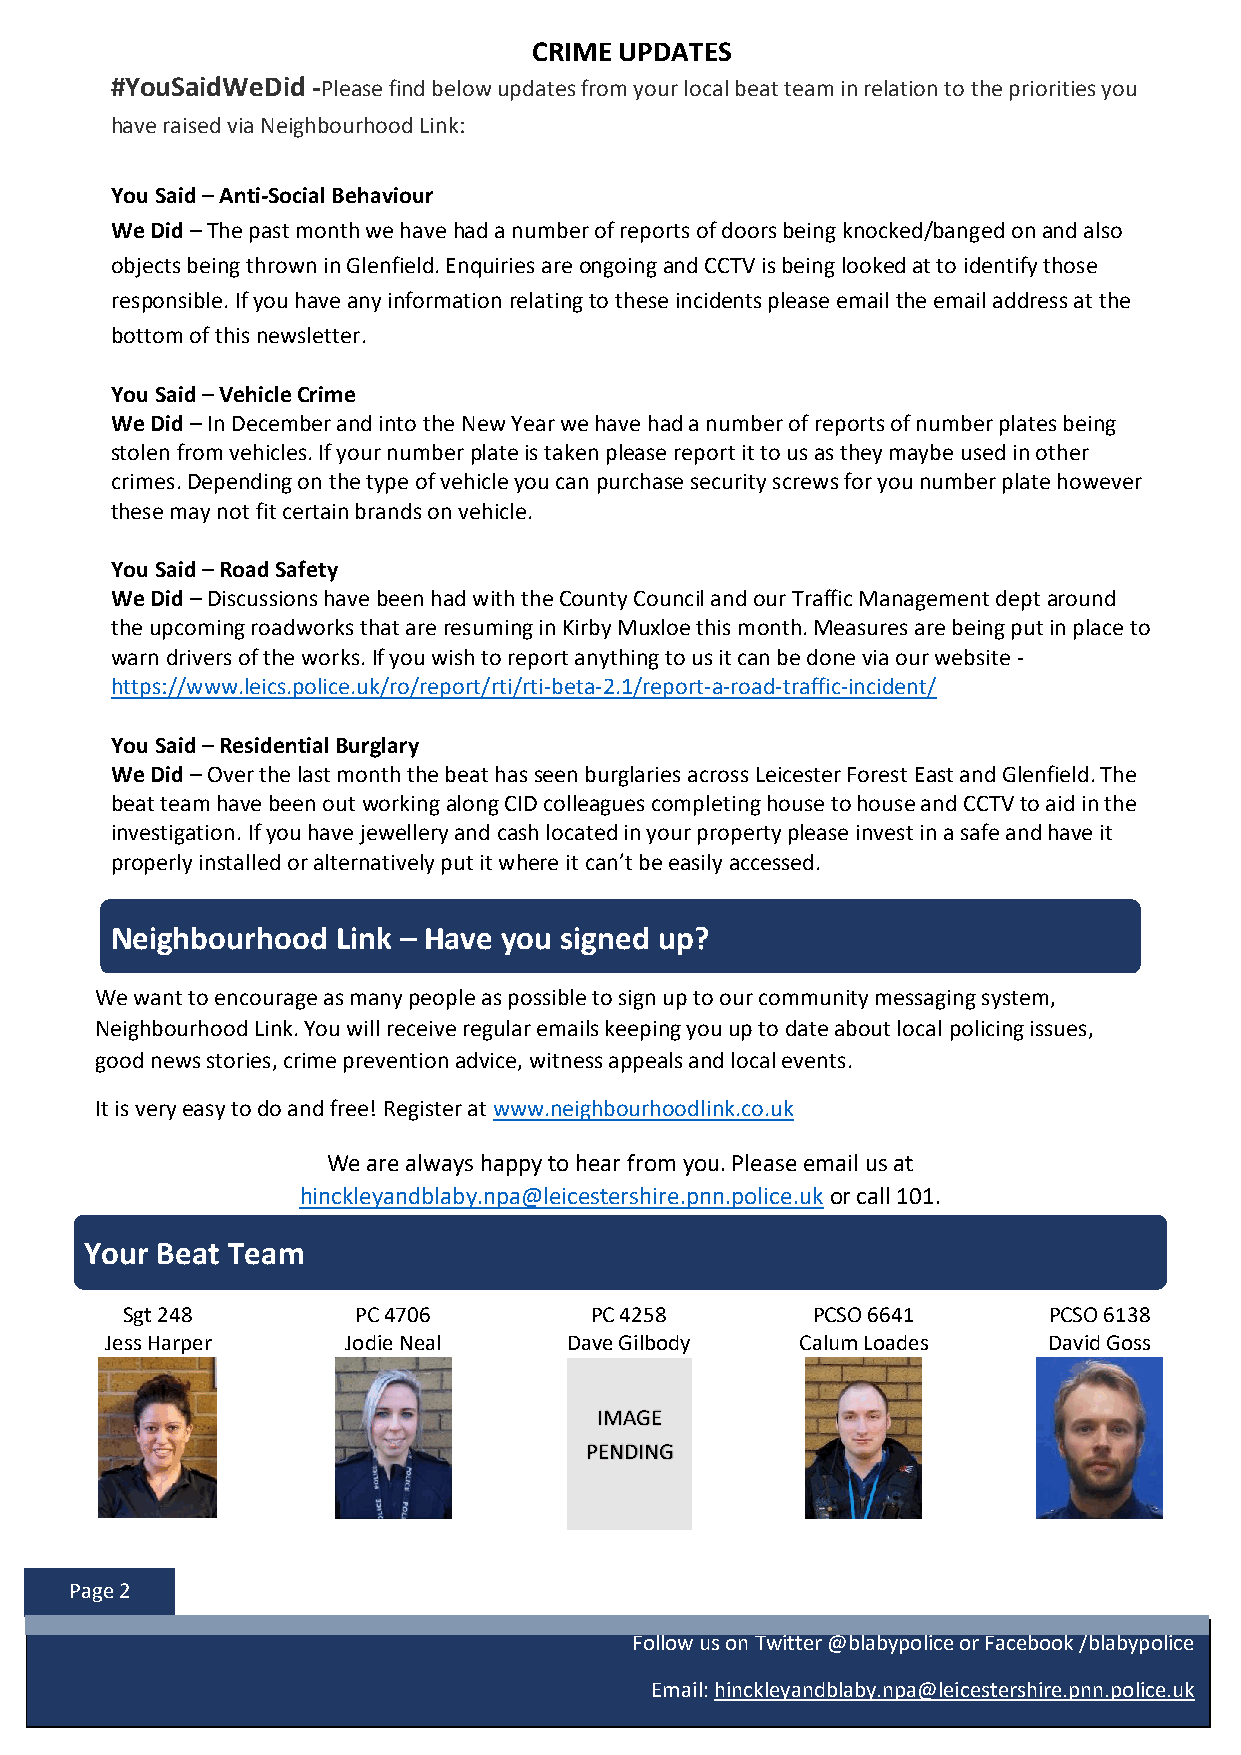
CRIME UPDATES
 #YouSaidWeDid -Please find below updates from your local beat team in relation to the priorities you
 have raised via Neighbourhood Link:
 You Said – Anti-Social Behaviour
 We Did – The past month we have had a number of reports of doors being knocked/banged on and also
 objects being thrown in Glenfield. Enquiries are ongoing and CCTV is being looked at to identify those
 responsible. If you have any information relating to these incidents please email the email address at the
 bottom of this newsletter.
 You Said – Vehicle Crime
 We Did – In December and into the New Year we have had a number of reports of number plates being
 stolen from vehicles. If your number plate is taken please report it to us as they maybe used in other
 crimes. Depending on the type of vehicle you can purchase security screws for you number plate however
 these may not fit certain brands on vehicle.
 You Said – Road Safety
 We Did – Discussions have been had with the County Council and our Traffic Management dept around
 the upcoming roadworks that are resuming in Kirby Muxloe this month. Measures are being put in place to
 warn drivers of the works. If you wish to report anything to us it can be done via our website -
 https://www.leics.police.uk/ro/report/rti/rti-beta-2.1/report-a-road-traffic-incident/
 You Said – Residential Burglary
 We Did – Over the last month the beat has seen burglaries across Leicester Forest East and Glenfield. The
 beat team have been out working along CID colleagues completing house to house and CCTV to aid in the
 investigation. If you have jewellery and cash located in your property please invest in a safe and have it
 properly installed or alternatively put it where it can’t be easily accessed.
 Neighbourhood  Link – Have you signed up?
 We want to encourage as many people as possible to sign up to our community messaging system,
 Neighbourhood Link. You will receive regular emails keeping you up to date about local policing issues,
 good news stories, crime prevention advice, witness appeals and local events.
 It is very easy to do and free! Register at www.neighbourhoodlink.co.uk
 We are always happy to hear from you. Please email us at
 hinckleyandblaby.npa@leicestershire.pnn.police.uk or call 101.
 Your Beat Team
 Sgt 248         PC 4706        PC 4258        PCSO 6641      PCSO 6138
 Jess Harper     Jodie Neal    Dave Gilbody    Calum Loades    David Goss
 IMAGE
 IMAGE
 COMING
 PENDING
 SOON
 Page 2
 Follow us on Twitter @blabypolice or Facebook /blabypolice
 Email: hinckleyandblaby.npa@leicestershire.pnn.police.uk